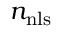
n _ { \mathrm { { n l s } } }